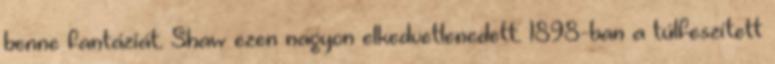
benne fantáziát. Shaw ezen nagyon elkedvetlenedett. 1898-ban a túlfeszített